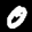
Label: 0